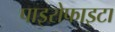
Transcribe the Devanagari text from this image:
पाइरोफाइटा